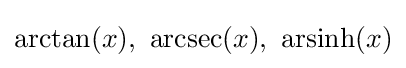
\arctan(x),\ \operatorname {arcsec} (x),\ \operatorname {arsinh} (x)